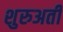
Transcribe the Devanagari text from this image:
शुरुअती